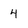
Character: 4